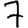
Digit: 7